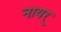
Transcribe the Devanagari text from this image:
नायर्